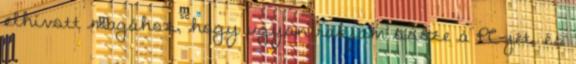
elhívott magához, hogy ugyan rakjam össze a PC-jét, és